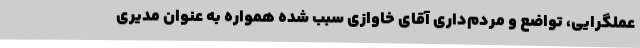
عملگرایی، تواضع و مردم‌داری آقای خاوازی سبب شده همواره به عنوان مدیری